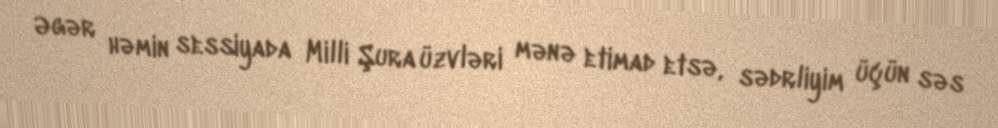
Əgər həmin sessiyada Milli Şura üzvləri mənə etimad etsə, sədrliyim üçün səs